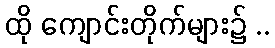
ထို ကျောင်းတိုက်များ၌ ..